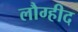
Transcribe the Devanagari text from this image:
लौग्हीद